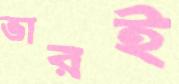
ভারই